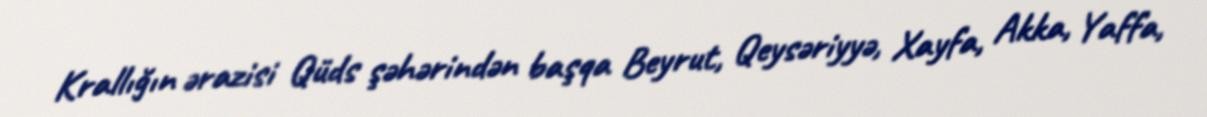
Krallığın ərazisi Qüds şəhərindən başqa Beyrut, Qeysəriyyə, Xayfa, Akka, Yaffa,